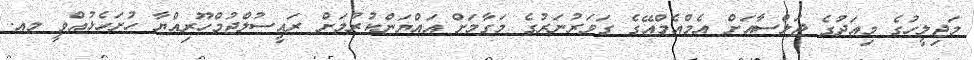
މަޖިލީހުގެ މިއަދުގެ ޖަލްސާއަށް އެމްއެމްއޭގެ ގަވަރުނަރުގެ މަގާމަށް އައްޔަންކުރުމަށް ރައީސުލްޖުމްހޫރިއްޔާ ހުށަހެޅުއްވީ މއ.